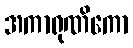
အကာရုဏိကော